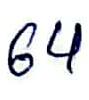
64